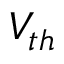
V _ { t h }